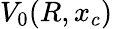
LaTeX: V_{0}(R,x_{c})